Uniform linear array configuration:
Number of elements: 4
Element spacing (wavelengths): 0.25
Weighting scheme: cosine
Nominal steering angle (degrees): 30
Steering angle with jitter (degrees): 28.94
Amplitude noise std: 0.05
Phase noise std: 0.05

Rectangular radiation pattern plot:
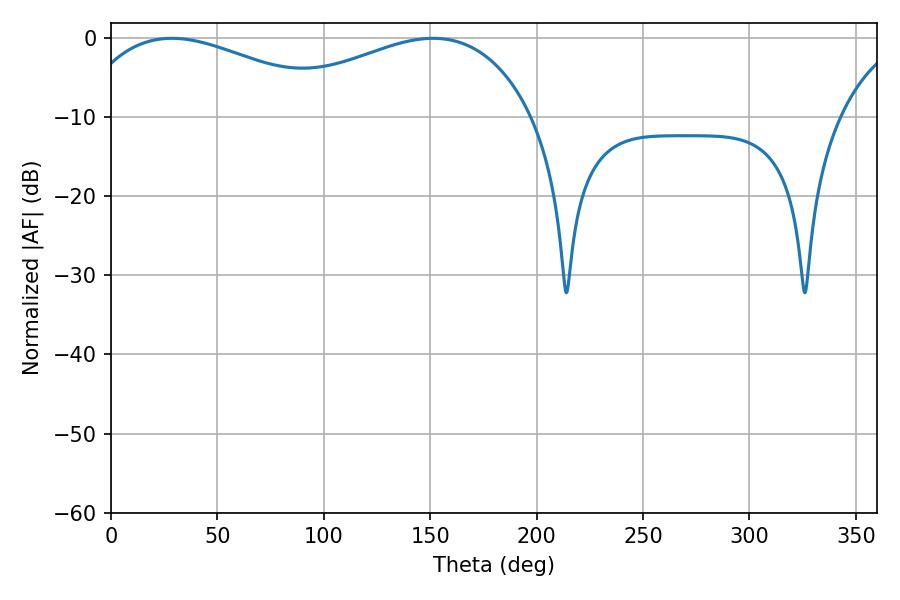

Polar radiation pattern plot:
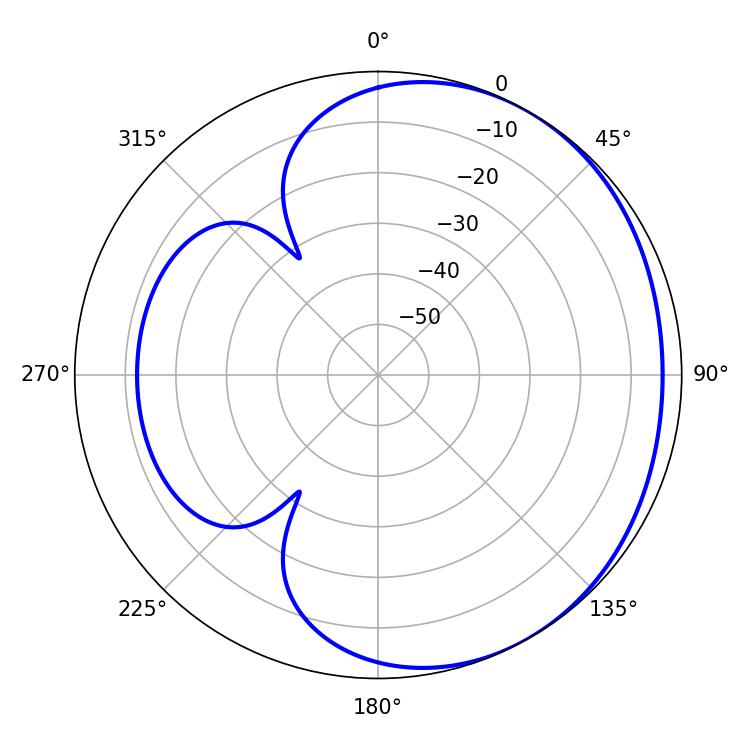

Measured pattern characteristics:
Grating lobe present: FALSE
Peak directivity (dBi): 2.076
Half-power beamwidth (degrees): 70.74
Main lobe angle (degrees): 28.62